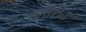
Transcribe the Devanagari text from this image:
काशित